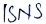
Text: ISNS